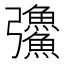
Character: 𪫅